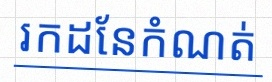
រកដែនកំណត់